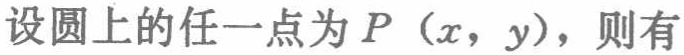
设圆上的任一点为\(P（x，y），则有\)